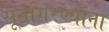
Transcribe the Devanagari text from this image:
सूतगिरण्यांना